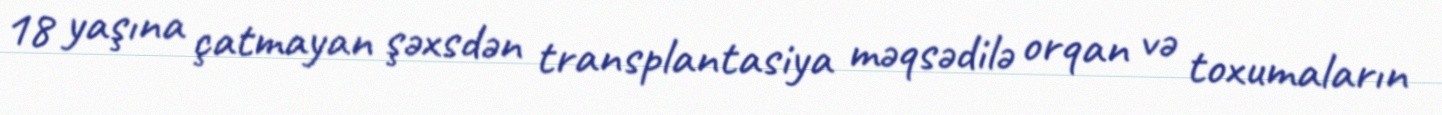
18 yaşına çatmayan şəxsdən transplantasiya məqsədilə orqan və toxumaların